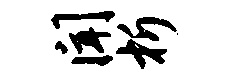
闻析